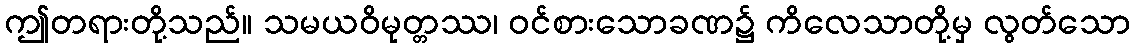
ဤတရားတို့သည်။ သမယဝိမုတ္တဿ၊ ဝင်စားသောခဏ၌ ကိလေသာတို့မှ လွတ်သော